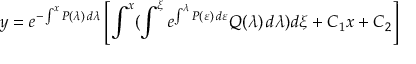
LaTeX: y = e ^ { - \int ^ { x } P ( \lambda ) \, d \lambda } \left[ \int ^ { x } ( \int ^ { \xi } e ^ { \int ^ { \lambda } P ( \varepsilon ) \, d \varepsilon } Q ( \lambda ) \, d \lambda ) d \xi + C _ { 1 } x + C _ { 2 } \right]